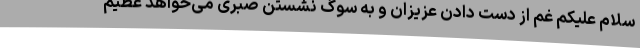
سلام علیکم غم از دست دادن عزیزان و به سوگ نشستن صبری می‌خواهد عظیم